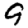
Digit: 9